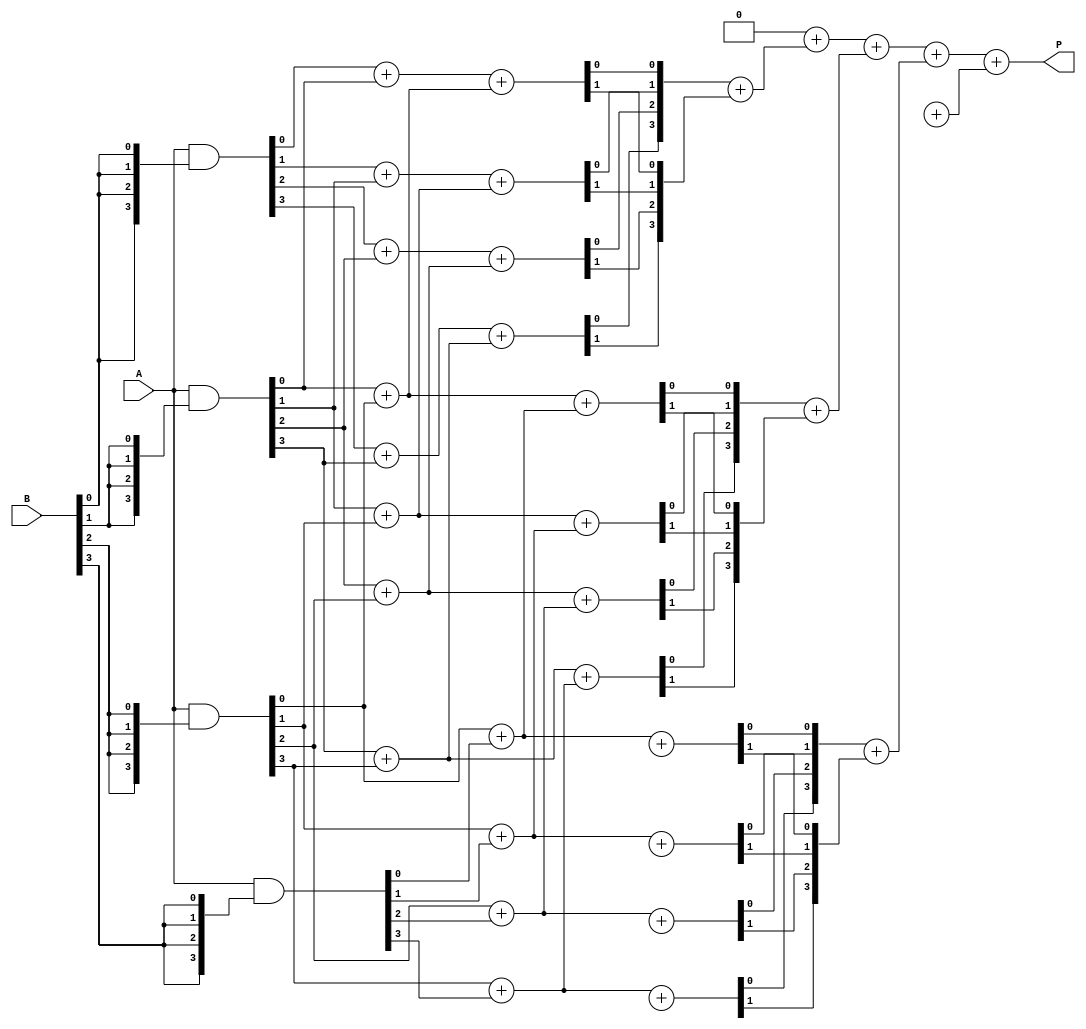
module wallace_tree_multiplier #(parameter N = 4) (
    input [N-1:0] A,
    input [N-1:0] B,
    output reg [2*N-1:0] P
);

    // Generate Partial Products
    wire [N-1:0] pp [0:N-1]; // Partial products
    genvar i, j;
    generate
        for (i = 0; i < N; i = i + 1) begin : partial_product_gen
            assign pp[i] = A & {N{B[i]}};
        end
    endgenerate

    // Wallace Tree Reduction
    wire [N-1:0] sum [0:N-1];
    wire [N-1:0] carry [0:N-1];
    
    // Initial setup for the first layer
    wire [N-1:0] layer1_sum [0:N-1];
    wire [N-1:0] layer1_carry [0:N-1];

    // Combine using half adders and full adders
    integer k;
    always @(*) begin
        for (k = 0; k < N-1; k = k + 1) begin
            // Half adders for the first layer
            {layer1_carry[k][0], layer1_sum[k][0]} = pp[k][0] + pp[k+1][0];
            {layer1_carry[k][1], layer1_sum[k][1]} = pp[k][1] + pp[k+1][1];
            {layer1_carry[k][2], layer1_sum[k][2]} = pp[k][2] + pp[k+1][2];
            {layer1_carry[k][3], layer1_sum[k][3]} = pp[k][3] + pp[k+1][3];
        end
    end

    // Continue reducing layers until two rows remain
    // Note: This will be a simplified version for demonstration purposes
    wire [N-1:0] layer2_sum [0:N-1];
    wire [N-1:0] layer2_carry [0:N-1];

    always @(*) begin
        for (k = 0; k < N-1; k = k + 1) begin
            // Full adders for the second layer
            {layer2_carry[k][0], layer2_sum[k][0]} = layer1_sum[k][0] + layer1_sum[k+1][0];
            {layer2_carry[k][1], layer2_sum[k][1]} = layer1_sum[k][1] + layer1_sum[k+1][1];
            {layer2_carry[k][2], layer2_sum[k][2]} = layer1_sum[k][2] + layer1_sum[k+1][2];
            {layer2_carry[k][3], layer2_sum[k][3]} = layer1_sum[k][3] + layer1_sum[k+1][3];
        end
    end

    // Final summation of two remaining rows
    always @(*) begin
        P = 0;
        for (k = 0; k < N; k = k + 1) begin
            P = P + (layer2_sum[k] + layer2_carry[k]);
        end
    end

endmodule